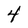
Character: 4